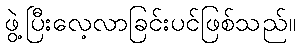
ဖွဲ့ပြီးလေ့လာခြင်းပင်ဖြစ်သည်။